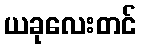
ယခုလေးတင်